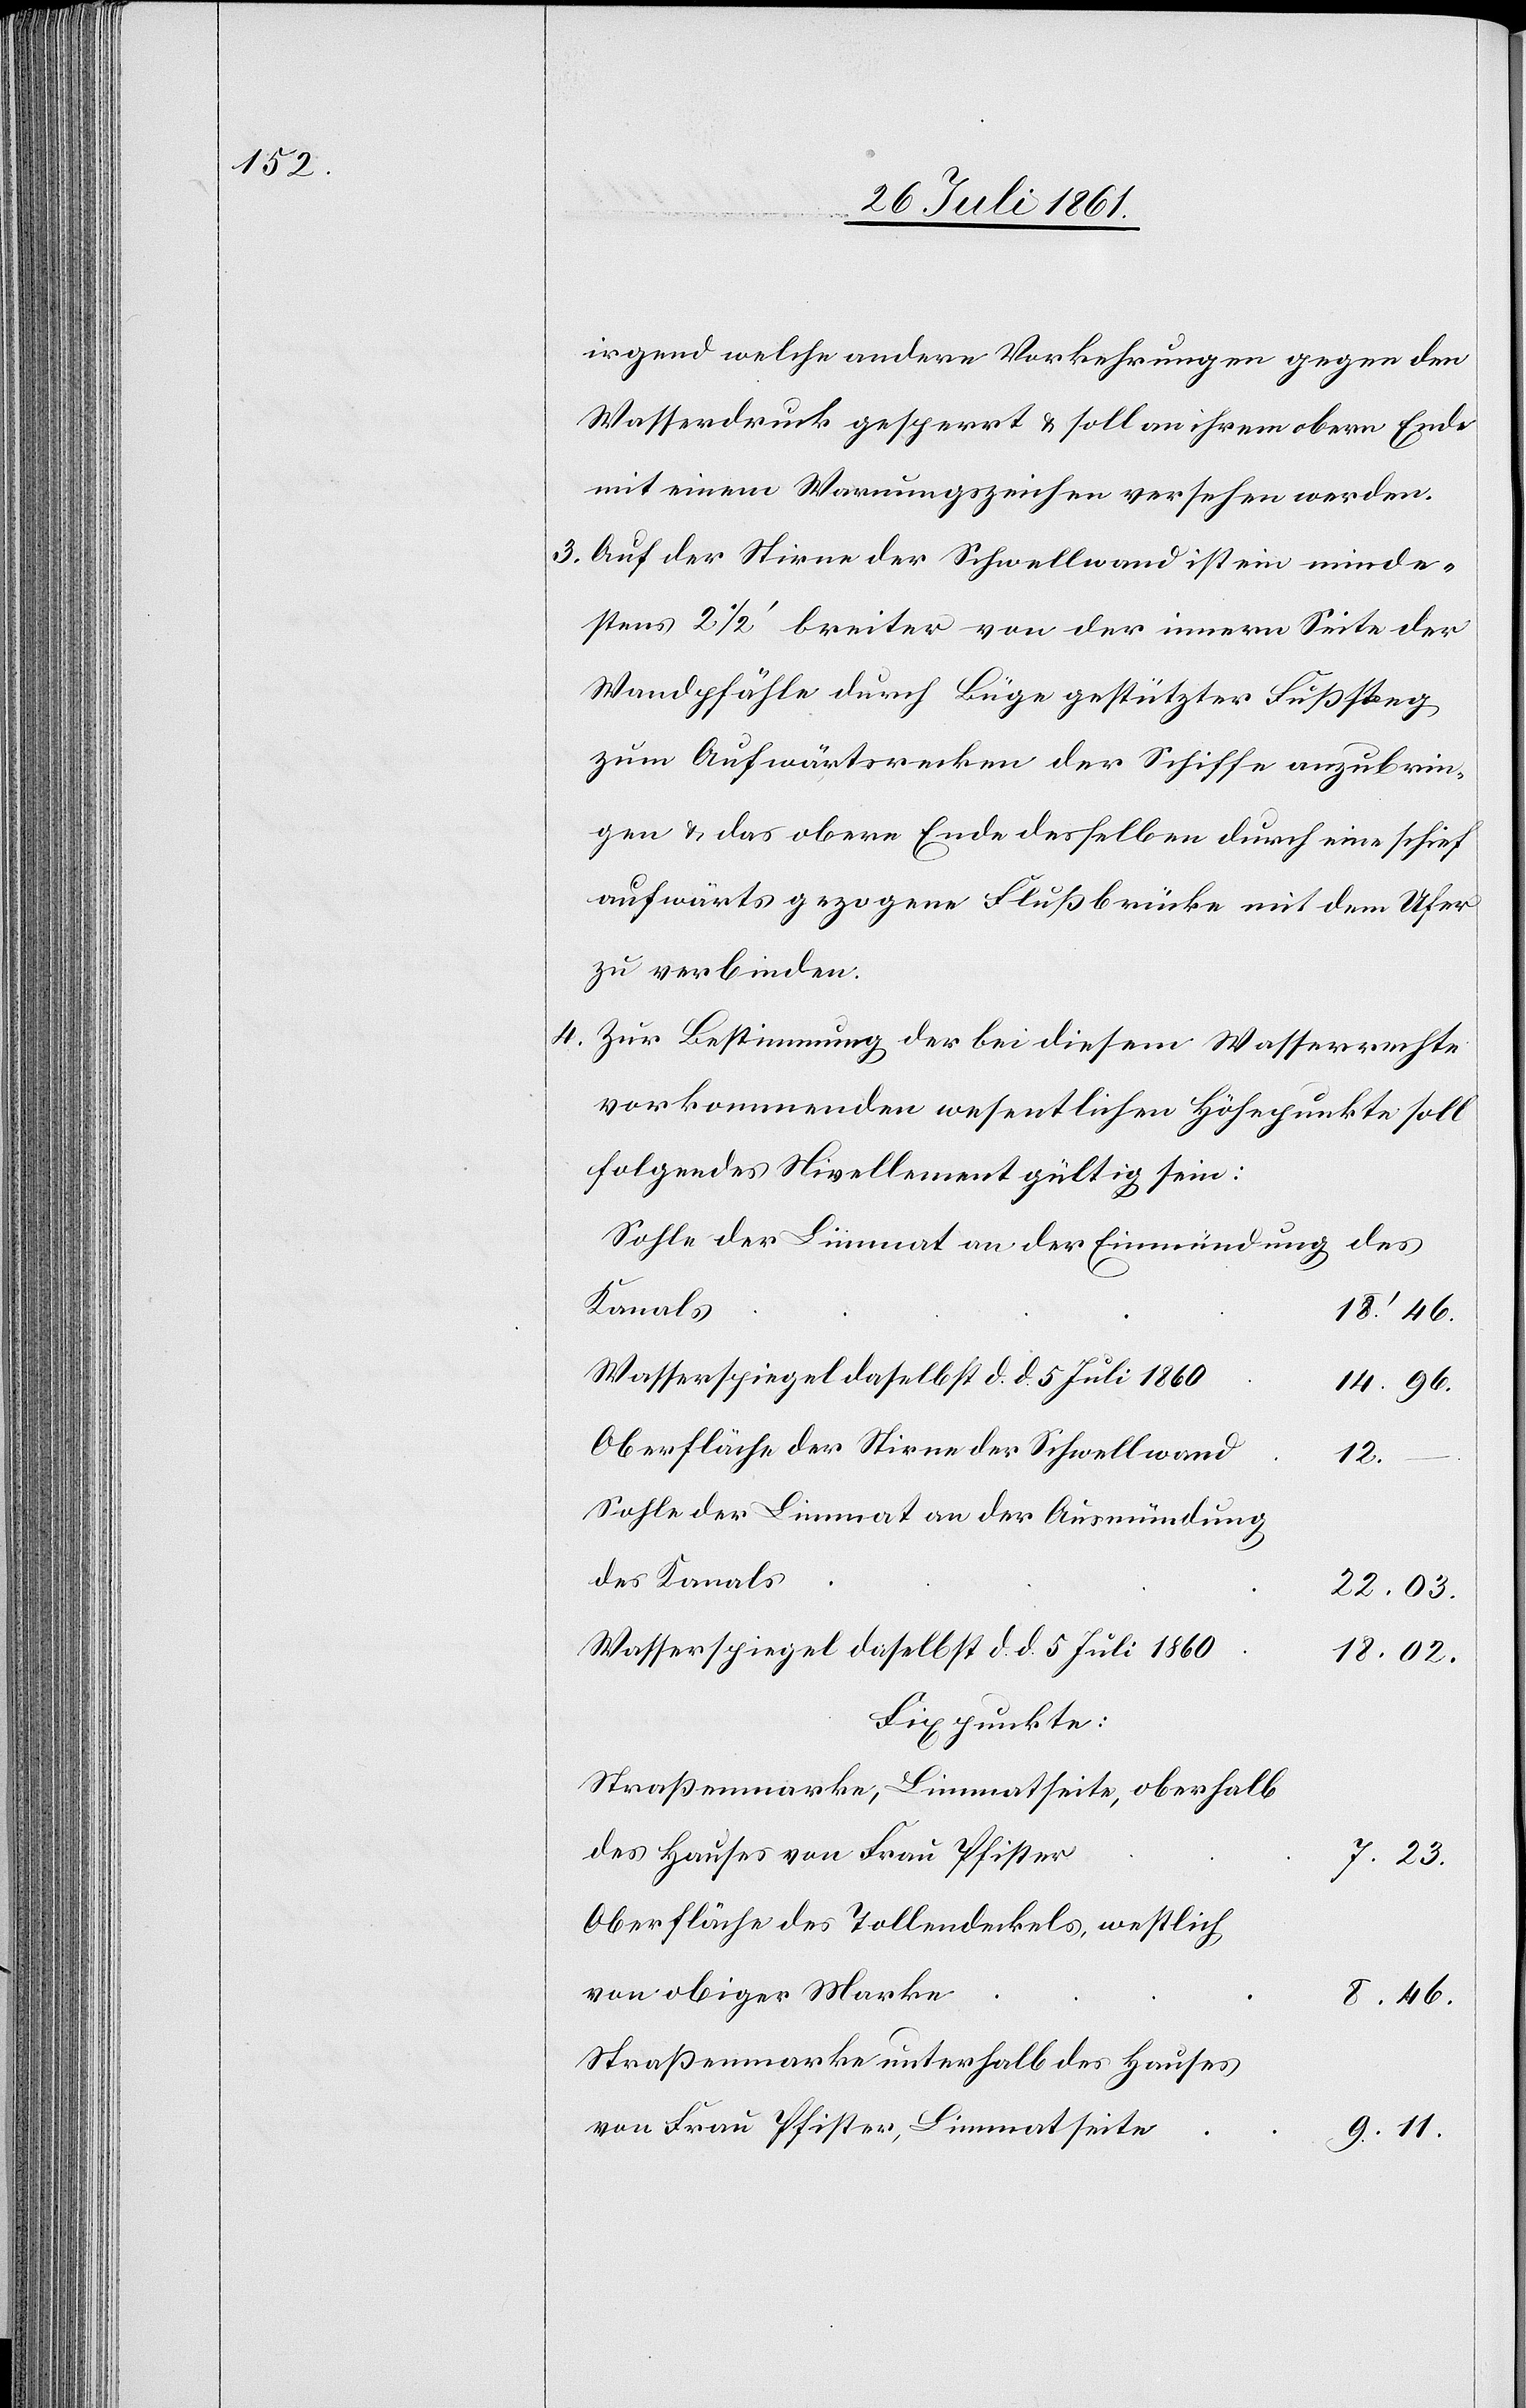
irgend welche andere Vorkehrungen gegen den
Wasserdruck gesperrt u. soll an ihrem obern Ende
mit einem Warungszeichen versehen werden.
3. Auf der Stirne der Schwellwand ist ein minde¬
stens 2 1/2’ breiter von der innern Seite der
Wandpfähle durch Büge gestützter Fußsteg
zum Aufwärtsrecken der Schiffe anzubrin¬
gen u. das obere Ende desselben durch eine schief
aufwärts gezogene Flußbrücke mit dem Ufer
zu verbinden.
4. Zur Bestimmung der bei diesem Wasserrechte
vorkommenden wesentlichen Höhepunkte soll
folgendes Nivellement gültig sein:
Sohle der Limmat an der Einmündung des
Kanals
18’ 46.
Wasserspiegel daselbst d. d. 5 Juli 1860
14. 96.
Oberfläche der Stirne der Schwellwand
12.
Sohle der Limmat an der Ausmündung
des Kanals.
22. 03.
Wasserspiegel daselbst d. d. 5 Juli 1860
18. 02.
Fixpunkte:
Straßenmarke, Limmatseite, oberhalb
des Hauses von Frau Pfister
7. 23.
Oberfläche des Tollendeckels, westlich
von obiger Marke
8. 46.
Straßenmarke unterhalb des Hauses
von Frau Pfister, Limmatseite
9. 11.